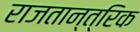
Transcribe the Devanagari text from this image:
राजतान्त्रिक